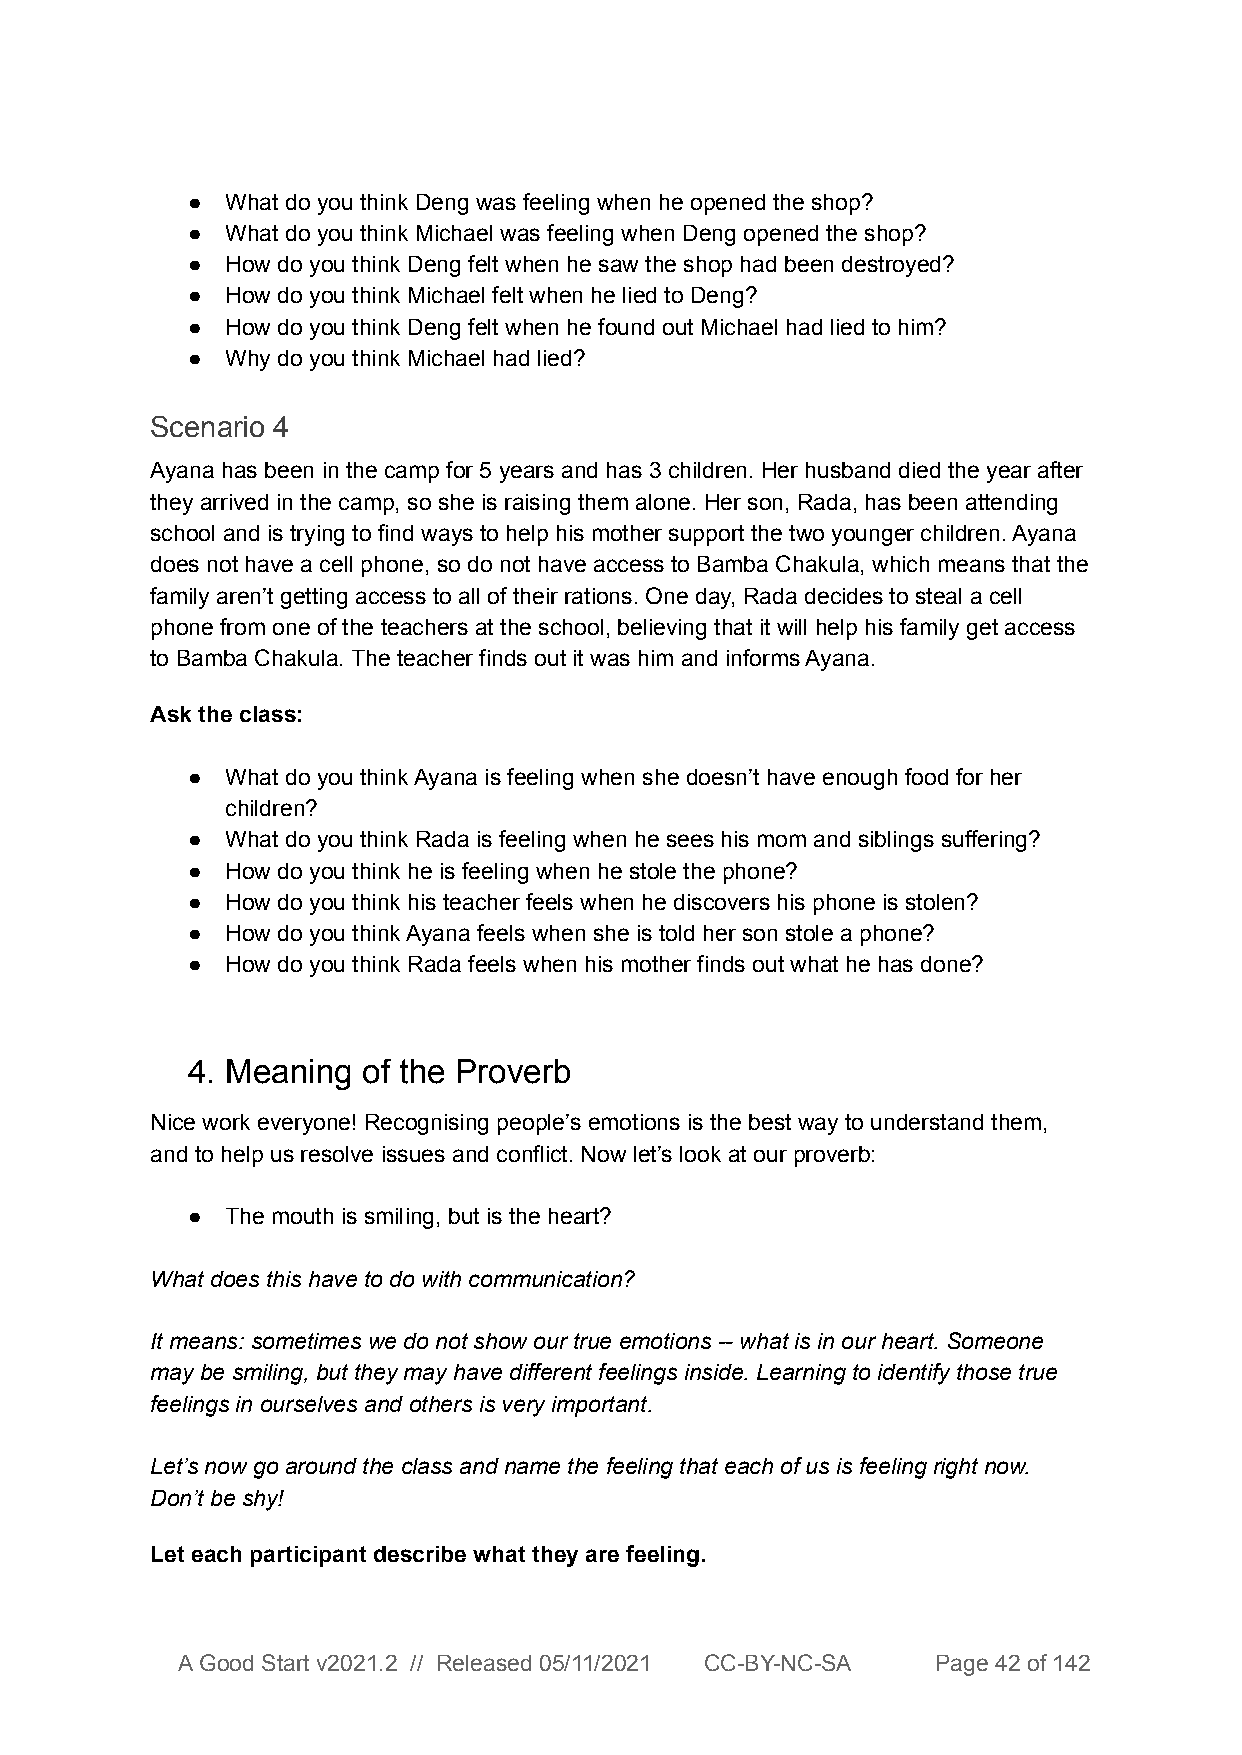
●  What do you think Deng was feeling when he opened the shop?
 ●  What do you think Michael was feeling when Deng opened the shop?
 ●  How do you think Deng felt when he saw the shop had been destroyed?
 ●  How do you think Michael felt when he lied to Deng?
 ●  How do you think Deng felt when he found out Michael had lied to him?
 ●  Why do you think Michael had lied?
 Scenario 4
 Ayana has been in the camp for 5 years and has 3 children. Her husband died the year after
 they arrived in the camp, so she is raising them alone. Her son, Rada, has been attending
 school and is trying to find ways to help his mother support the two younger children. Ayana
 does not have a cell phone, so do not have access to Bamba Chakula, which means that the
 family aren’t getting access to all of their rations. One day, Rada decides to steal a cell
 phone from one of the teachers at the school, believing that it will help his family get access
 to Bamba Chakula. The teacher finds out it was him and informs Ayana.
 Ask the class:
 ●  What do you think Ayana is feeling when she doesn’t have enough food for her
 children?
 ●  What do you think Rada is feeling when he sees his mom and siblings suffering?
 ●  How do you think he is feeling when he stole the phone?
 ●  How do you think his teacher feels when he discovers his phone is stolen?
 ●  How do you think Ayana feels when she is told her son stole a phone?
 ●  How do you think Rada feels when his mother finds out what he has done?
 4. Meaning  of the Proverb
 Nice work everyone! Recognising people’s emotions is the best way to understand them,
 and to help us resolve issues and conflict. Now let’s look at our proverb:
 ●  The mouth is smiling, but is the heart?
 What does this have to do with communication?
 It means: sometimes we do not show our true emotions -- what is in our heart. Someone
 may be smiling, but they may have different feelings inside. Learning to identify those true
 feelings in ourselves and others is very important.
 Let’s now go around the class and name the feeling that each of us is feeling right now.
 Don’t be shy!
 Let each participant describe what they are feeling.
 A Good Start v2021.2 // Released 05/11/2021 CC-BY-NC-SA Page 42 of 142